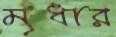
মৃধার